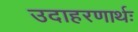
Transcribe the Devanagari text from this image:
उदाहरणार्थः